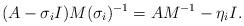
LaTeX: \begin{align*}(A - \sigma_i I)M(\sigma_i)^{-1} =AM^{-1} - \eta_{i}I.\end{align*}